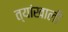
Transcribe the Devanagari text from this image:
त्यांखाली